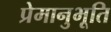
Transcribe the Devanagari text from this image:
प्रेमानुभूति